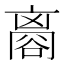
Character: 𧮼